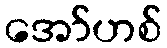
အော်ဟစ်